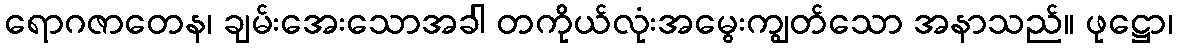
ရောဂဇာတေန၊ ချမ်းအေးသောအခါ တကိုယ်လုံးအမွေးကျွတ်သော အနာသည်။ ဖုဋ္ဌော၊